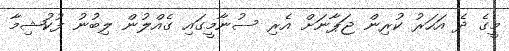
މީގެ ދެ އަހަރު ކުރިން ޖަޕާނަށް އެރި ސުނާމީގައި ގެއްލުން ލިބުނު ފުކުޝިމާ